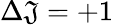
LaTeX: \Delta\mathfrak{J}=+1